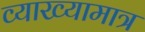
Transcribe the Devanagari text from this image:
व्याख्यामात्र